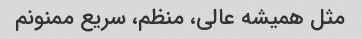
مثل همیشه عالی، منظم، سریع ممنونم